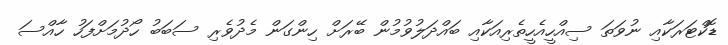
ޑޮކްޓަރަކާއި ނުވަތަ ސިއްހީއެހީތެރިއަކާއި ބައްދަލުވުމުން ބޭރަށް ހިންގަން މެދުވެރި ސަބަބު ހޯދުމަށްފަހު ހާއްސަ